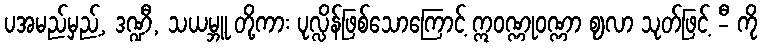
ပအမည်မှည့်, ဒဏ္ဍီ, သယမ္ဘူ တို့ကား ပုလ္လိန်ဖြစ်သောကြောင့် ဣဝဏ္ဏုဝဏ္ဏာ ဈလာ သုတ်ဖြင့် -ီ ကို